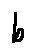
b